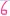
Text: 4